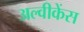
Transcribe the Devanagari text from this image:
अल्वीकेंस